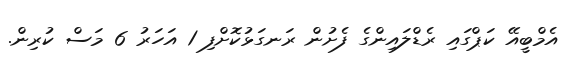
އެމްބީއޭ ކަޕްގައި ރެޑްލައިންގެ ފެށުން ރަނގަޅުކޮށްފި 1 އަހަރު 6 މަސް ކުރިން.